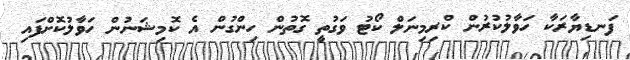
ފަނޑިޔާރަކާ ހަވާލުކުރުން ކްރިމިނަލް ކޯޓު ވަގުތީ ގޮތުން ހިންގުން އެ ކޮމިޝަނުން ހަވާލުކޮށްފައި